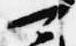
可